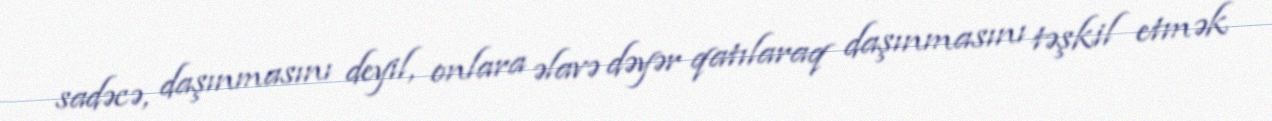
sadəcə, daşınmasını deyil, onlara əlavə dəyər qatılaraq daşınmasını təşkil etmək